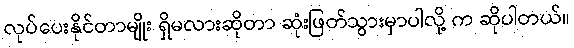
လုပ်ပေးနိုင်တာမျိုး ရှိမလားဆိုတာ ဆုံးဖြတ်သွားမှာပါလို့ က ဆိုပါတယ်။